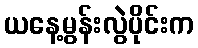
ယနေ့မွန်းလွဲပိုင်းက